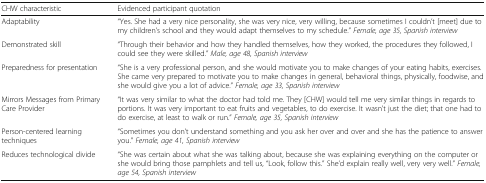
<table><thead><tr><td><b>CHW characteristic</b></td><td><b>Evidenced participant quotation</b></td></tr></thead><tbody><tr><td>Adaptability</td><td>“Yes. She had a very nice personality, she was very nice, very willing, because sometimes I couldn’t [meet] due to my children’s school and they would adapt themselves to my schedule.” <i>Female, age 35, Spanish interview</i></td></tr><tr><td>Demonstrated skill</td><td>“Through their behavior and how they handled themselves, how they worked, the procedures they followed, I could see they were skilled.” <i>Male, age 48, Spanish interview</i></td></tr><tr><td>Preparedness for presentation</td><td>“She is a very professional person, and she would motivate you to make changes of your eating habits, exercises. She came very prepared to motivate you to make changes in general, behavioral things, physically, foodwise, and she would give you a lot of advice.” <i>Female, age 33, Spanish interview</i></td></tr><tr><td>Mirrors Messages from Primary Care Provider</td><td>“It was very similar to what the doctor had told me. They [CHW] would tell me very similar things in regards to portions. It was very important to eat fruits and vegetables, to do exercise. It wasn’t just the diet; that one had to do exercise, at least to walk or run.” <i>Female, age 35, Spanish interview</i></td></tr><tr><td>Person-centered learning techniques</td><td>“Sometimes you don’t understand something and you ask her over and over and she has the patience to answer you.” <i>Female, age 41, Spanish interview</i></td></tr><tr><td>Reduces technological divide</td><td>“She was certain about what she was talking about, because she was explaining everything on the computer or she would bring those pamphlets and tell us, “Look, follow this.” She’d explain really well, very very well.” <i>Female, age 54, Spanish interview</i></td></tr></tbody></table>